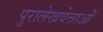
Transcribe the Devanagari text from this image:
पुरालेखवेत्ताओं